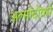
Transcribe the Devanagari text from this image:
अल्मोदोवर्स